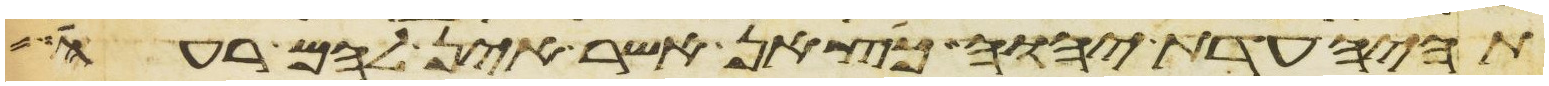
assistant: תהיה עדת יהוה כצאן אשר אין להם רעה